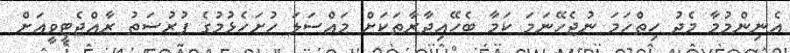
އެނިންމުމާ މެދު ހިތްހަމަ ނުޖެހޭނަމަ ކަމާ ބެހޭއިދާރާތަކަށް މައްސަލަ ހުށަހެޅުމުގެ ފުރުސަތު ރާއްޖެޓީވީއަށް